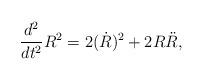
LaTeX: \begin{align*} \frac{d^2}{dt^2} R^2 = 2 ({\dot R})^2 + 2 R {\ddot R}, \end{align*}